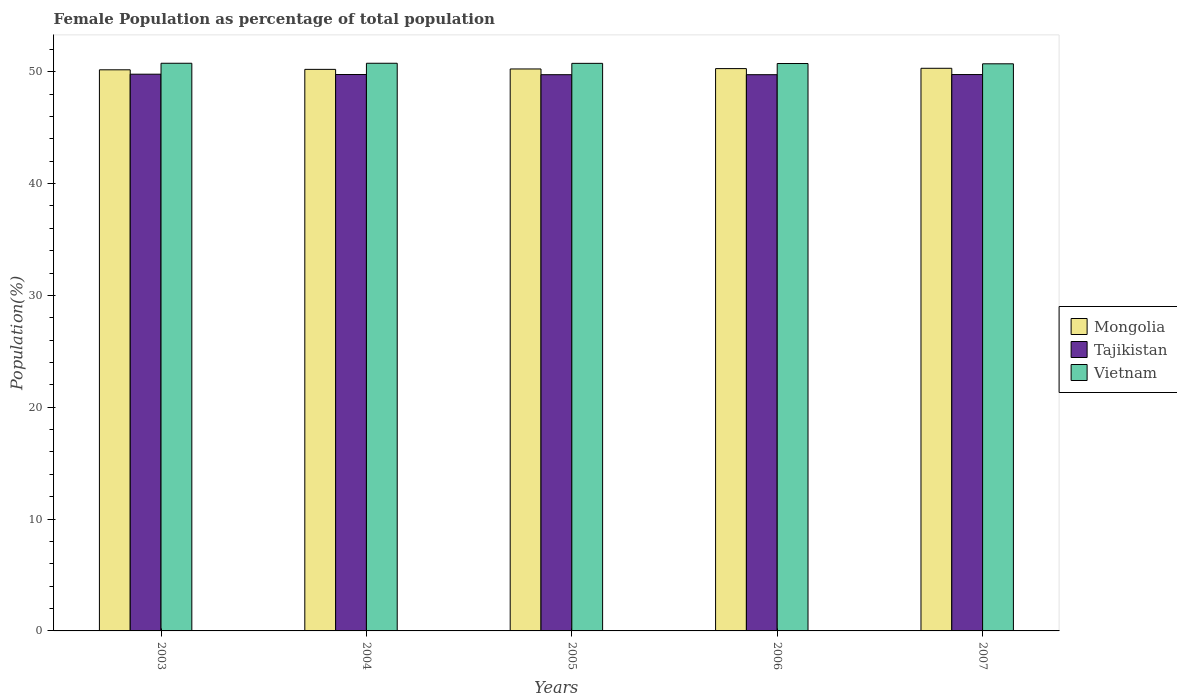
| Years | Mongolia | Tajikistan | Vietnam |
 | --- | --- | --- | --- |
 | 2003 | 50.2 | 49.8 | 50.8 |
 | 2004 | 50.2 | 49.8 | 50.8 |
 | 2005 | 50.2 | 49.7 | 50.8 |
 | 2006 | 50.3 | 49.7 | 50.7 |
 | 2007 | 50.3 | 49.7 | 50.7 |